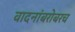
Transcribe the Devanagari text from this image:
वादनांबरोबरच